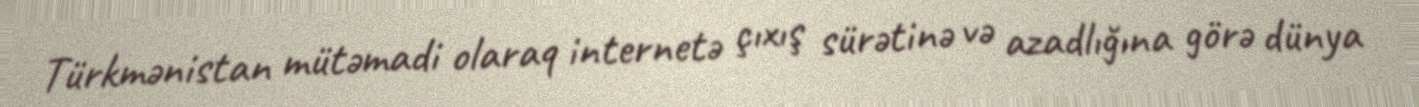
Türkmənistan mütəmadi olaraq internetə çıxış sürətinə və azadlığına görə dünya